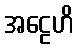
အဠေဟိ